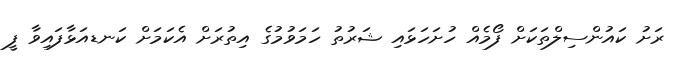
ރަށު ކައުންސިލްތަކަށް ފޯމެއް ހުށަހަޅައި ޝަރުތު ހަމަވުމުގެ އިތުރަށް އެކަމަށް ކަނޑއަޅާފައިވާ ފީ